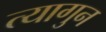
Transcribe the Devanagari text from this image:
त्यागुन